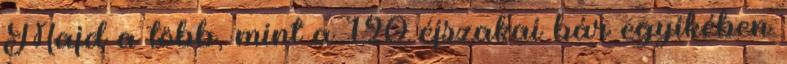
Majd a több, mint a 120 éjszakai bár egyikében